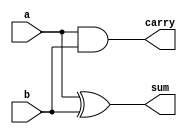
module half_adder_gate(a,b,sum,carry);
input a,b;
output sum,carry;

xor x1(sum,a,b);
and a1(carry,a,b);
endmodule
/////////////////////////////////////////////////////////////////////////////////
///////// TEST BENCH ///////////////////////////////////////////////////////////
module half_adder_gate_tb();
reg a,b;
wire sum,carry;
half_adder_gate half_1(a,b,sum,carry);
initial
	begin
		a=0;b=0;
#10	a=0;b=1;
#10	a=1;b=0;
#10	a=1;b=1;
#10	
$stop;
end
endmodule